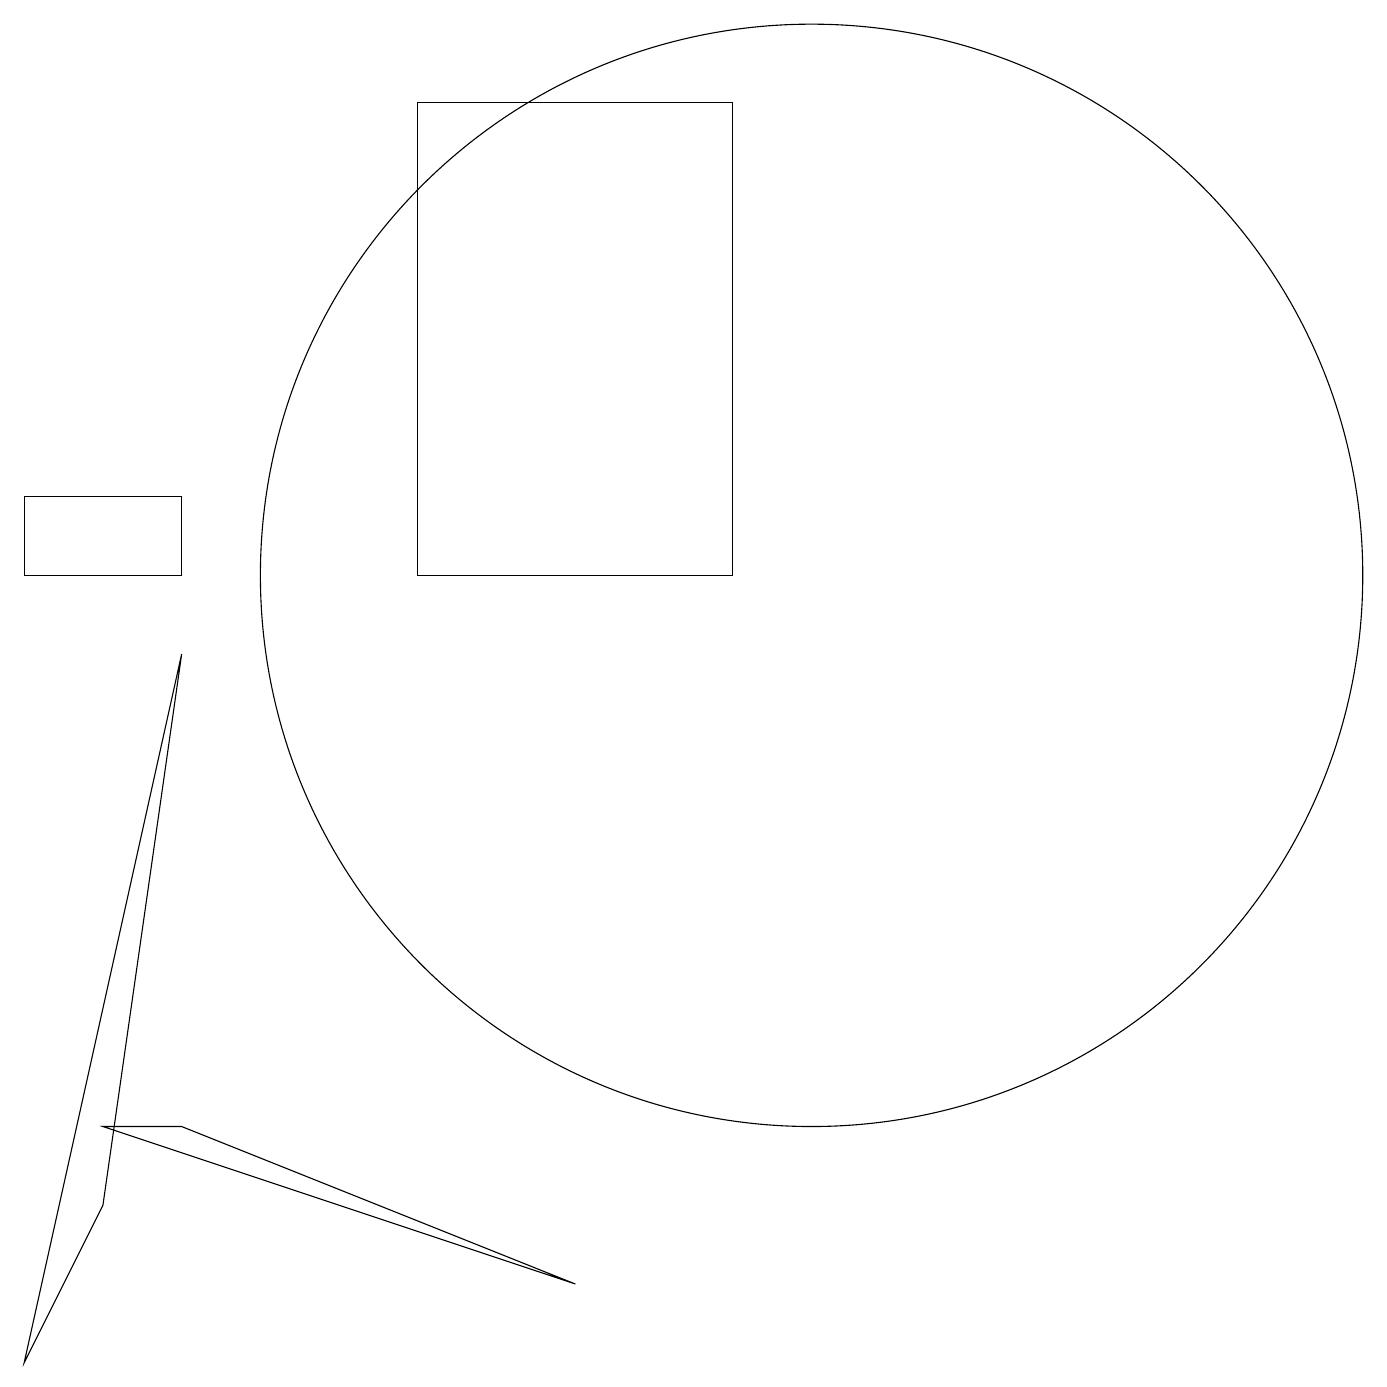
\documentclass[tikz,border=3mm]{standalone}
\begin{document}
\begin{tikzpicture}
\draw (9,10) rectangle (5,16);
\draw (2,10) rectangle (0,11);
\draw (2,3) -- (1,3) -- (7,1) -- cycle;
\draw (0,0) -- (1,2) -- (2,9) -- cycle;
\draw (10,10) circle (7);
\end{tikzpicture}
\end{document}